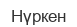
Нүркен